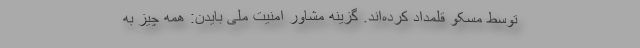
توسط مسکو قلمداد کرده‌اند. گزینه مشاور امنیت ملی بایدن: همه چیز به